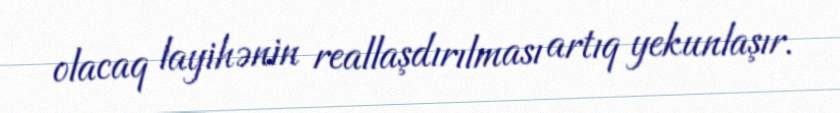
olacaq layihənin reallaşdırılması artıq yekunlaşır.